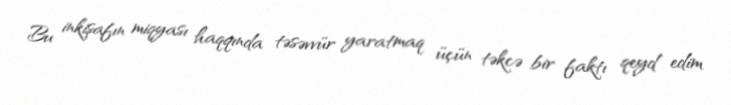
Bu inkişafın miqyası haqqında təsəvvür yaratmaq üçün təkcə bir faktı qeyd edim